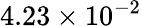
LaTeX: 4.23\times 10^{-2}